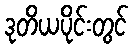
ဒုတိယပိုင်းတွင်